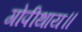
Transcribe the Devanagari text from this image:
गोपीथाय॥